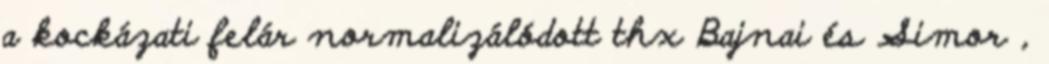
a kockázati felár normalizálódott thx Bajnai és Simor ,